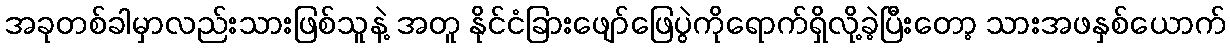
အခုတစ်ခါမှာလည်းသားဖြစ်သူနဲ့ အတူ နိုင်ငံခြားဖျော်ဖြေပွဲကိုရောက်ရှိလို့ခဲ့ပြီးတော့ သားအဖနှစ်ယောက်